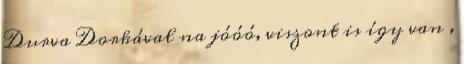
Durva Dorkával na jóóó, viszont is így van ,